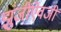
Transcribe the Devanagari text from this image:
झुंजींऐवजी